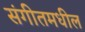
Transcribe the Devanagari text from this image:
संगीतमधील